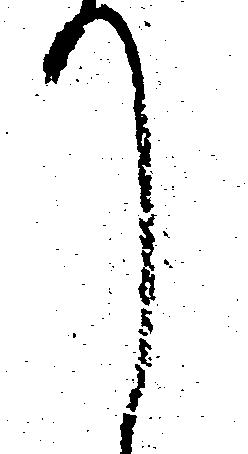
て